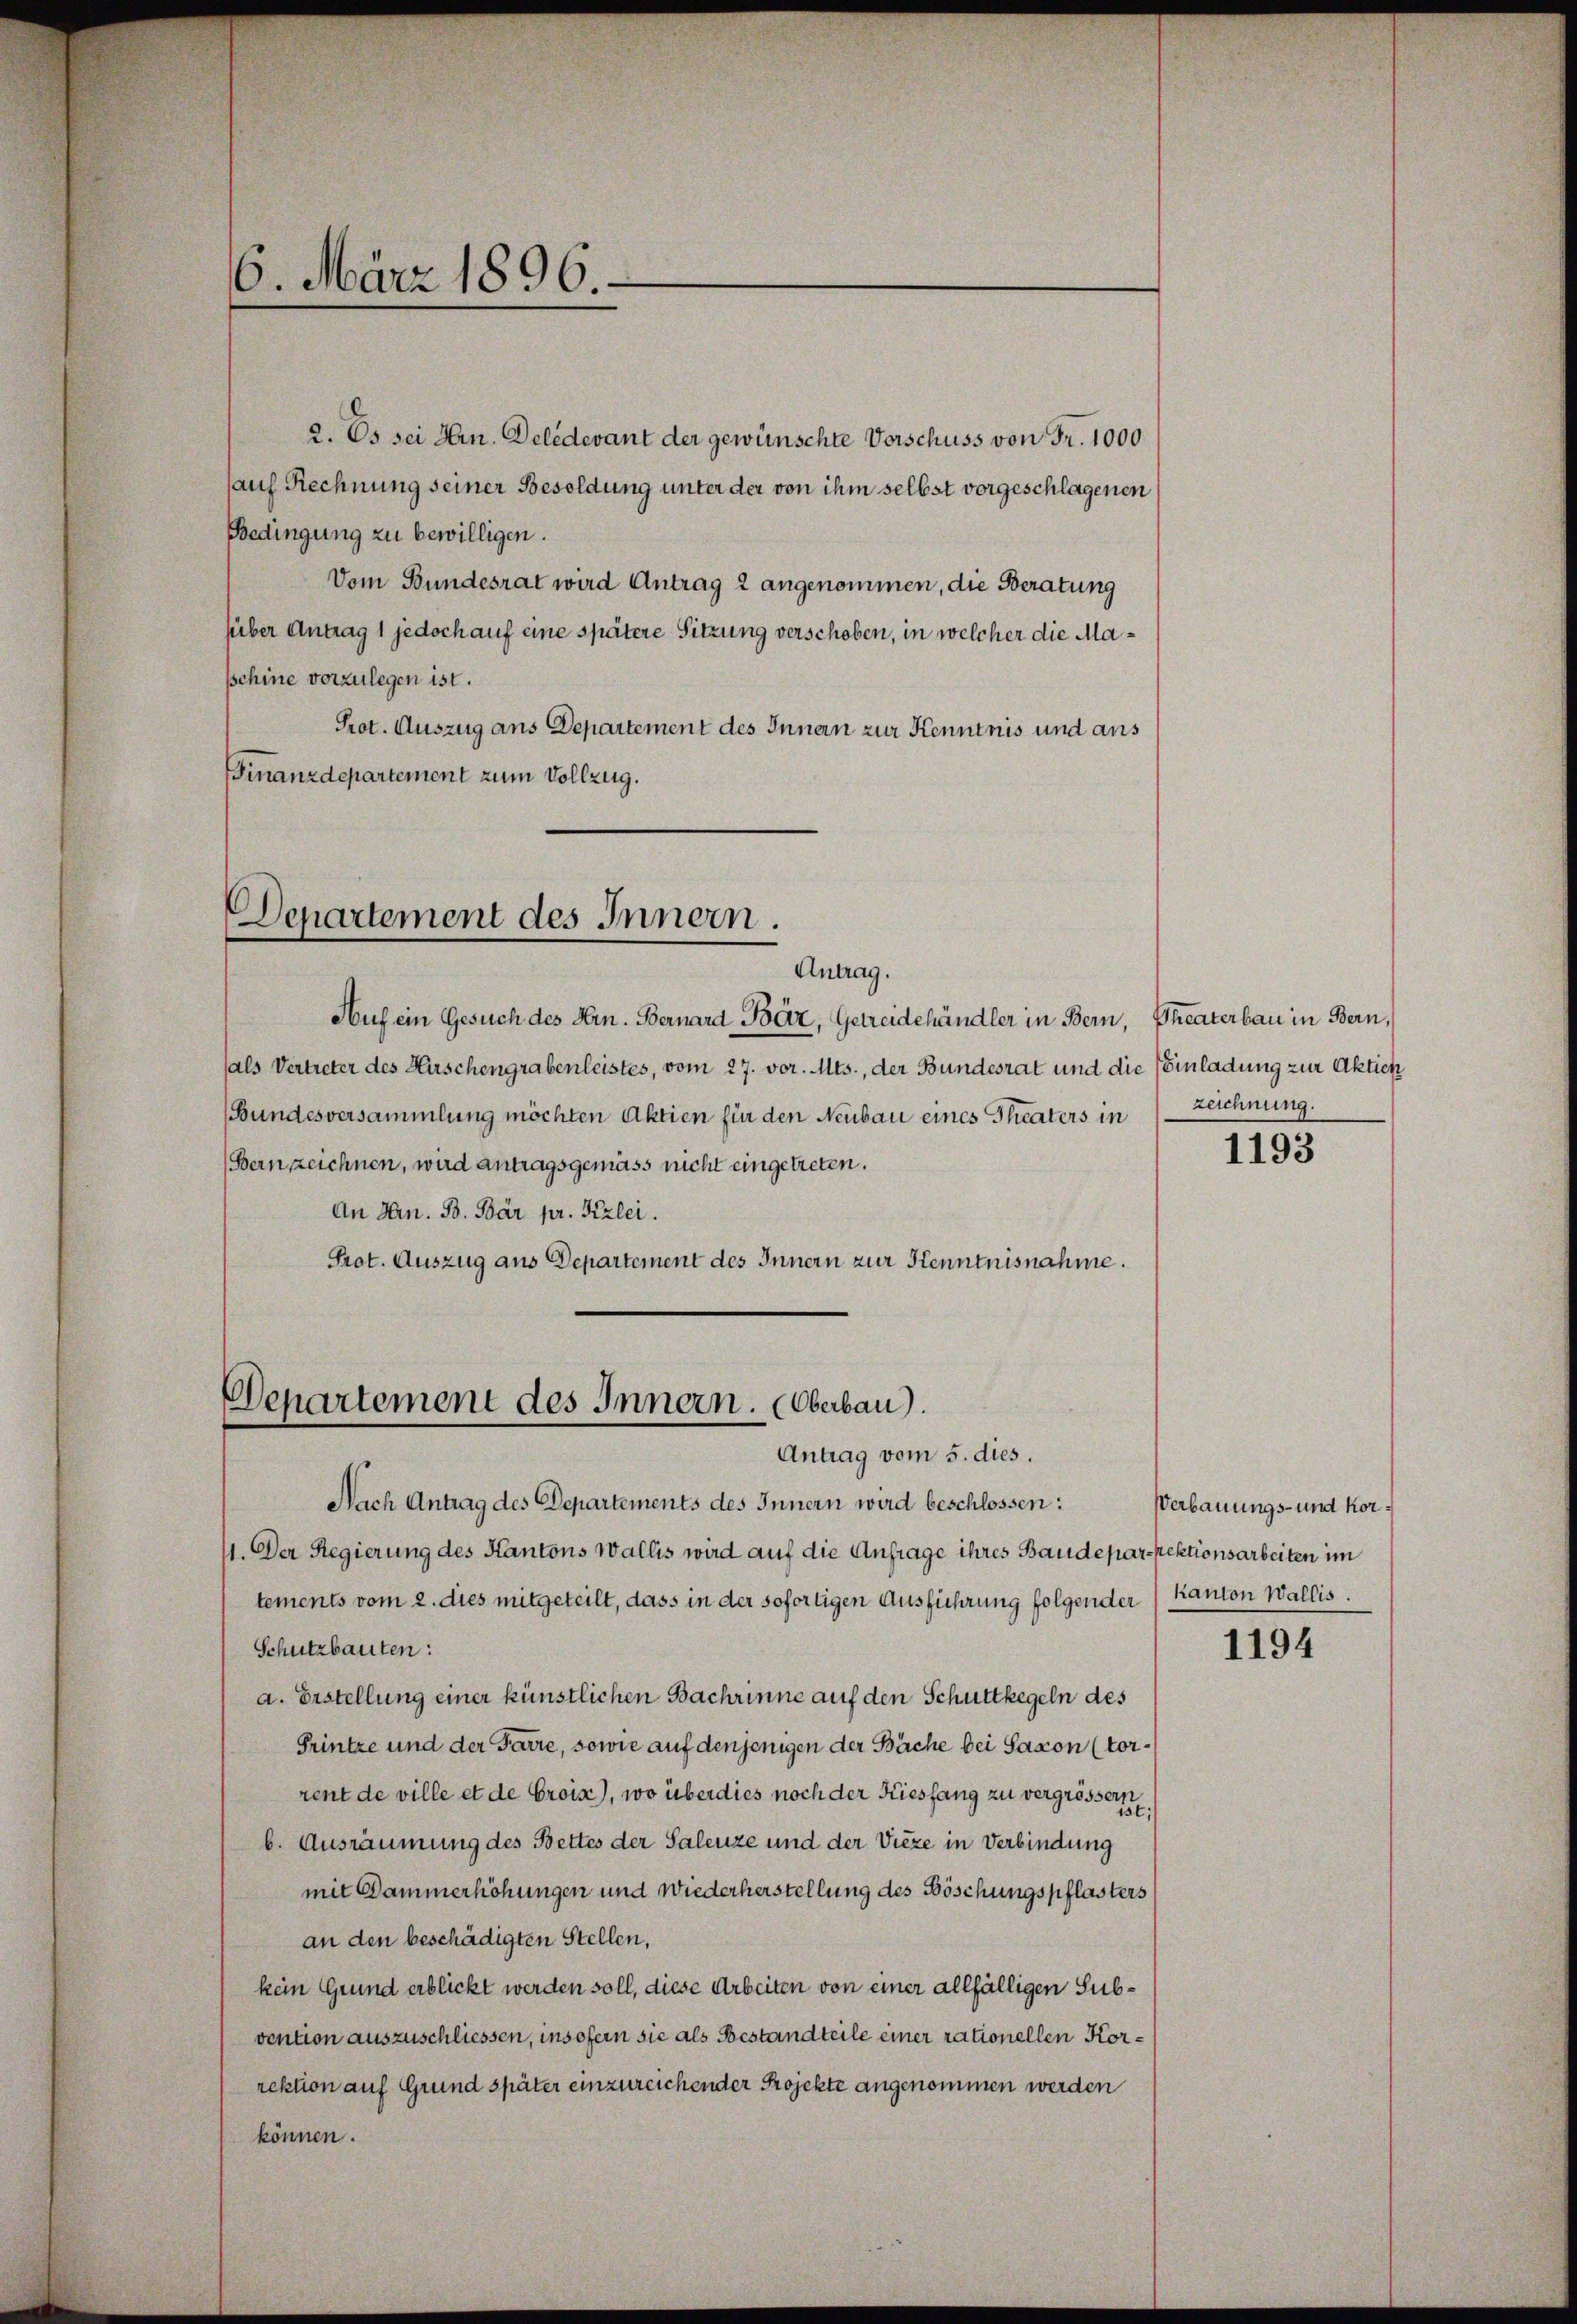
6. März 1896

Bedingung zu bewilligen.
Vom Bundesrat wird Antrag 2 angenommen, die Beratung
süber Antrag 1 jedoch auf eine spätere Sitzung verschoben, in welcher die Maschine vorzulegen ist.
Prot. Auszug ans Departement des Innern zur Kenntnis und aus
Finanzdepartement zum Vollzug.

Departement des Innern.
Antrag.

2. Es sei Hrn. Deledevant der gewünschte Verschuss von Fr. 1000
auf Rechnung seiner Besoldung unter der von ihm selbst vorgeschlagenen

Auf ein Gesuch des Hrn. Bernard Bär, Getreidehändler in Bern,
als Vertreter des Hirschengrabenleistes, vom 27. vor. Mts., der Bundesrat und die Einladung zur Aktien
(Bundesversammlung möchten Aktien für den Neubau eines Theaters in Zeichnung.
(Bern zeichnen, wird antragsgemäss nicht eingetreten.
An Hrn. B. Bär pr. Kzlei.
Prot. Auszug aus Departement des Innern zur Kenntnisnahme.

Departement des Innern. (Oberbau).
Antrag vom 5. dies.

Theaterbau in Bern,

Nach Antrag des Departements des Innern wird beschlossen:
11. Der Regierung des Kantons Wallis wird auf die Anfrage ihres Baudepar-pektionsarbeiten im
tements vom 2. dies mitgeteilt, dass in der sofortigen Ausführung folgender Kanton Wallis.
Schutzbauten:
a. Erstellung einer künstlichen Bachrinne auf den Schuttkegeln des
Printze und der Farre, sowie auf denjenigen der Bäche bei Saxon (torrent de ville et de Croise), wo überdies noch der Kiesfang zu vergrössern,
b. Ausräumung des Bettes der Salenze und der Vieze in Verbindung
mit Dammerhöhungen und Wiederherstellung des Böschungspflasters
an den beschädigten Stellen,
kein Grund erblickt werden soll, diese Arbeiten von einer allfälligen Subvention auszuschliessen, insofern sie als Bestandteile einer rationellen Korrektion auf Grund später einzureichender Projekte angenommen werden
können.

1193

Verbauungs- und kor¬

1194